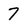
Character: 7